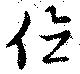
値